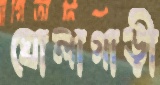
ঘোলাগাড়ী